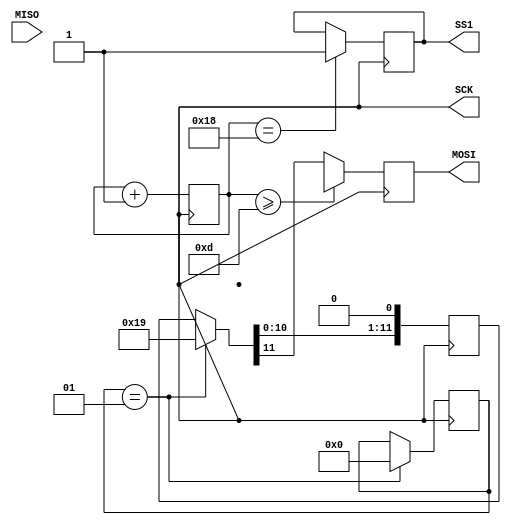
module fpga(SCK,MISO,MOSI,SS1);

output reg SCK;
output reg SS1;
output reg MOSI;
reg [11:0]data;

input MISO;

//reg [9:0] voltage [0:4];
//reg [9:0] power [0:4];
reg [2:0] d=001;
integer s=1;
reg [9:0]memory1;
reg [7:0]count1=0;
integer i=9;
//integer j=4;
//reg [9:0] p;
initial begin
SS1=0;

//voltage[0]=10'd45;
//voltage[1]=10'd50;
//voltage[2]=10'd75;h
//voltage[3]=10'd75;
//voltage[4]=10'd56;
//power[0]=10'd45;
//power[1]=10'd50;
//power[2]=10'd75;
//power[3]=10'd75;
//power[4]=10'd20;
end

always@(negedge SCK)
begin
if(s==1)begin
if(d==000)begin
data=12'b000000011000;
end
else if(d==001)begin
data=12'b000000011001;
end
else if(d==010)begin
data=12'b000000011010;
end

else if(d==011)begin
data=12'b000000011011;
end
else if(d==100)begin
data=12'b000000011100;
end
else if(d==101)begin
data=12'b000000011101;
end
else if(d==110)begin
data=12'b000000011110;
end
else if(d==111)begin
data=12'b000000011111;
end


s=0;
end
MOSI = data[11];
data = data<<1;
if(count1>=13)begin
MOSI=1'bx;
end
end

always@(posedge SCK)begin
  if(count1>13 && count1<24 && i>-1)begin
  memory1[i]<=MISO;// data to be compared with table 
  i<=i-1;
  end
  count1<=count1+1;
  if(count1==24)begin
   SS1<=1;
  end
end

endmodule